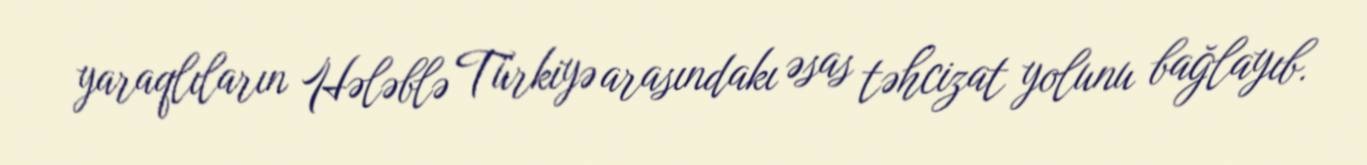
yaraqlıların Hələblə Türkiyə arasındakı əsas təhcizat yolunu bağlayıb.